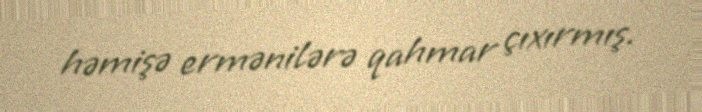
həmişə ermənilərə qahmar çıxırmış.